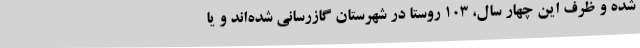
شده و ظرف این چهار سال، 103 روستا در شهرستان گازرسانی شده‌اند و یا